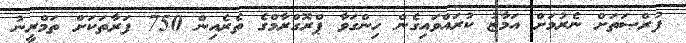
ފުރްޞަތަށް ނެރުމަށް އަމާޒު ކުރައްވައިގެން ހިންގަވާ ޕްރޮގްރާމްގެ ތެރެއިން 750 ފަރާތަކަށް ތަމްރީނު